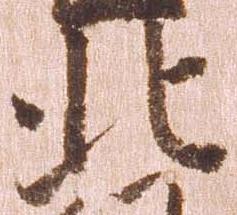
北